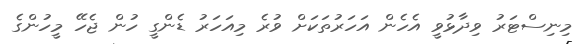
މިނިސްޓަރު ވިދާޅުވީ އެހެން އަހަރުތަކަށް ވުރެ މިއަހަރު ޑެންގީ ހުން ޖެހޭ މީހުންގެ